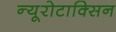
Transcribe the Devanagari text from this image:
न्यूरोटाक्सिन